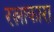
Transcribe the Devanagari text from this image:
रत्नाकारा